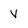
Character: V